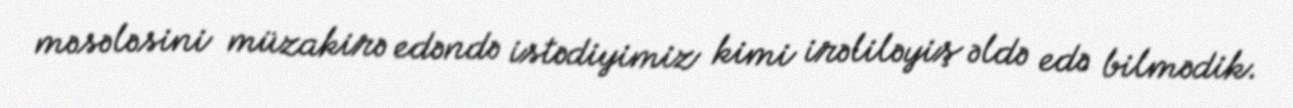
məsələsini müzakirə edəndə istədiyimiz kimi irəliləyiş əldə edə bilmədik.